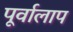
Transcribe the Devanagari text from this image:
पूर्वालाप